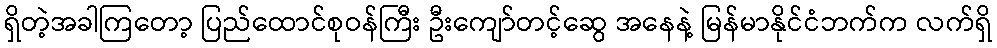
ရှိတဲ့အခါကြတော့ ပြည်ထောင်စုဝန်ကြီး ဦးကျော်တင့်ဆွေ အနေနဲ့ မြန်မာနိုင်ငံဘက်က လက်ရှိ